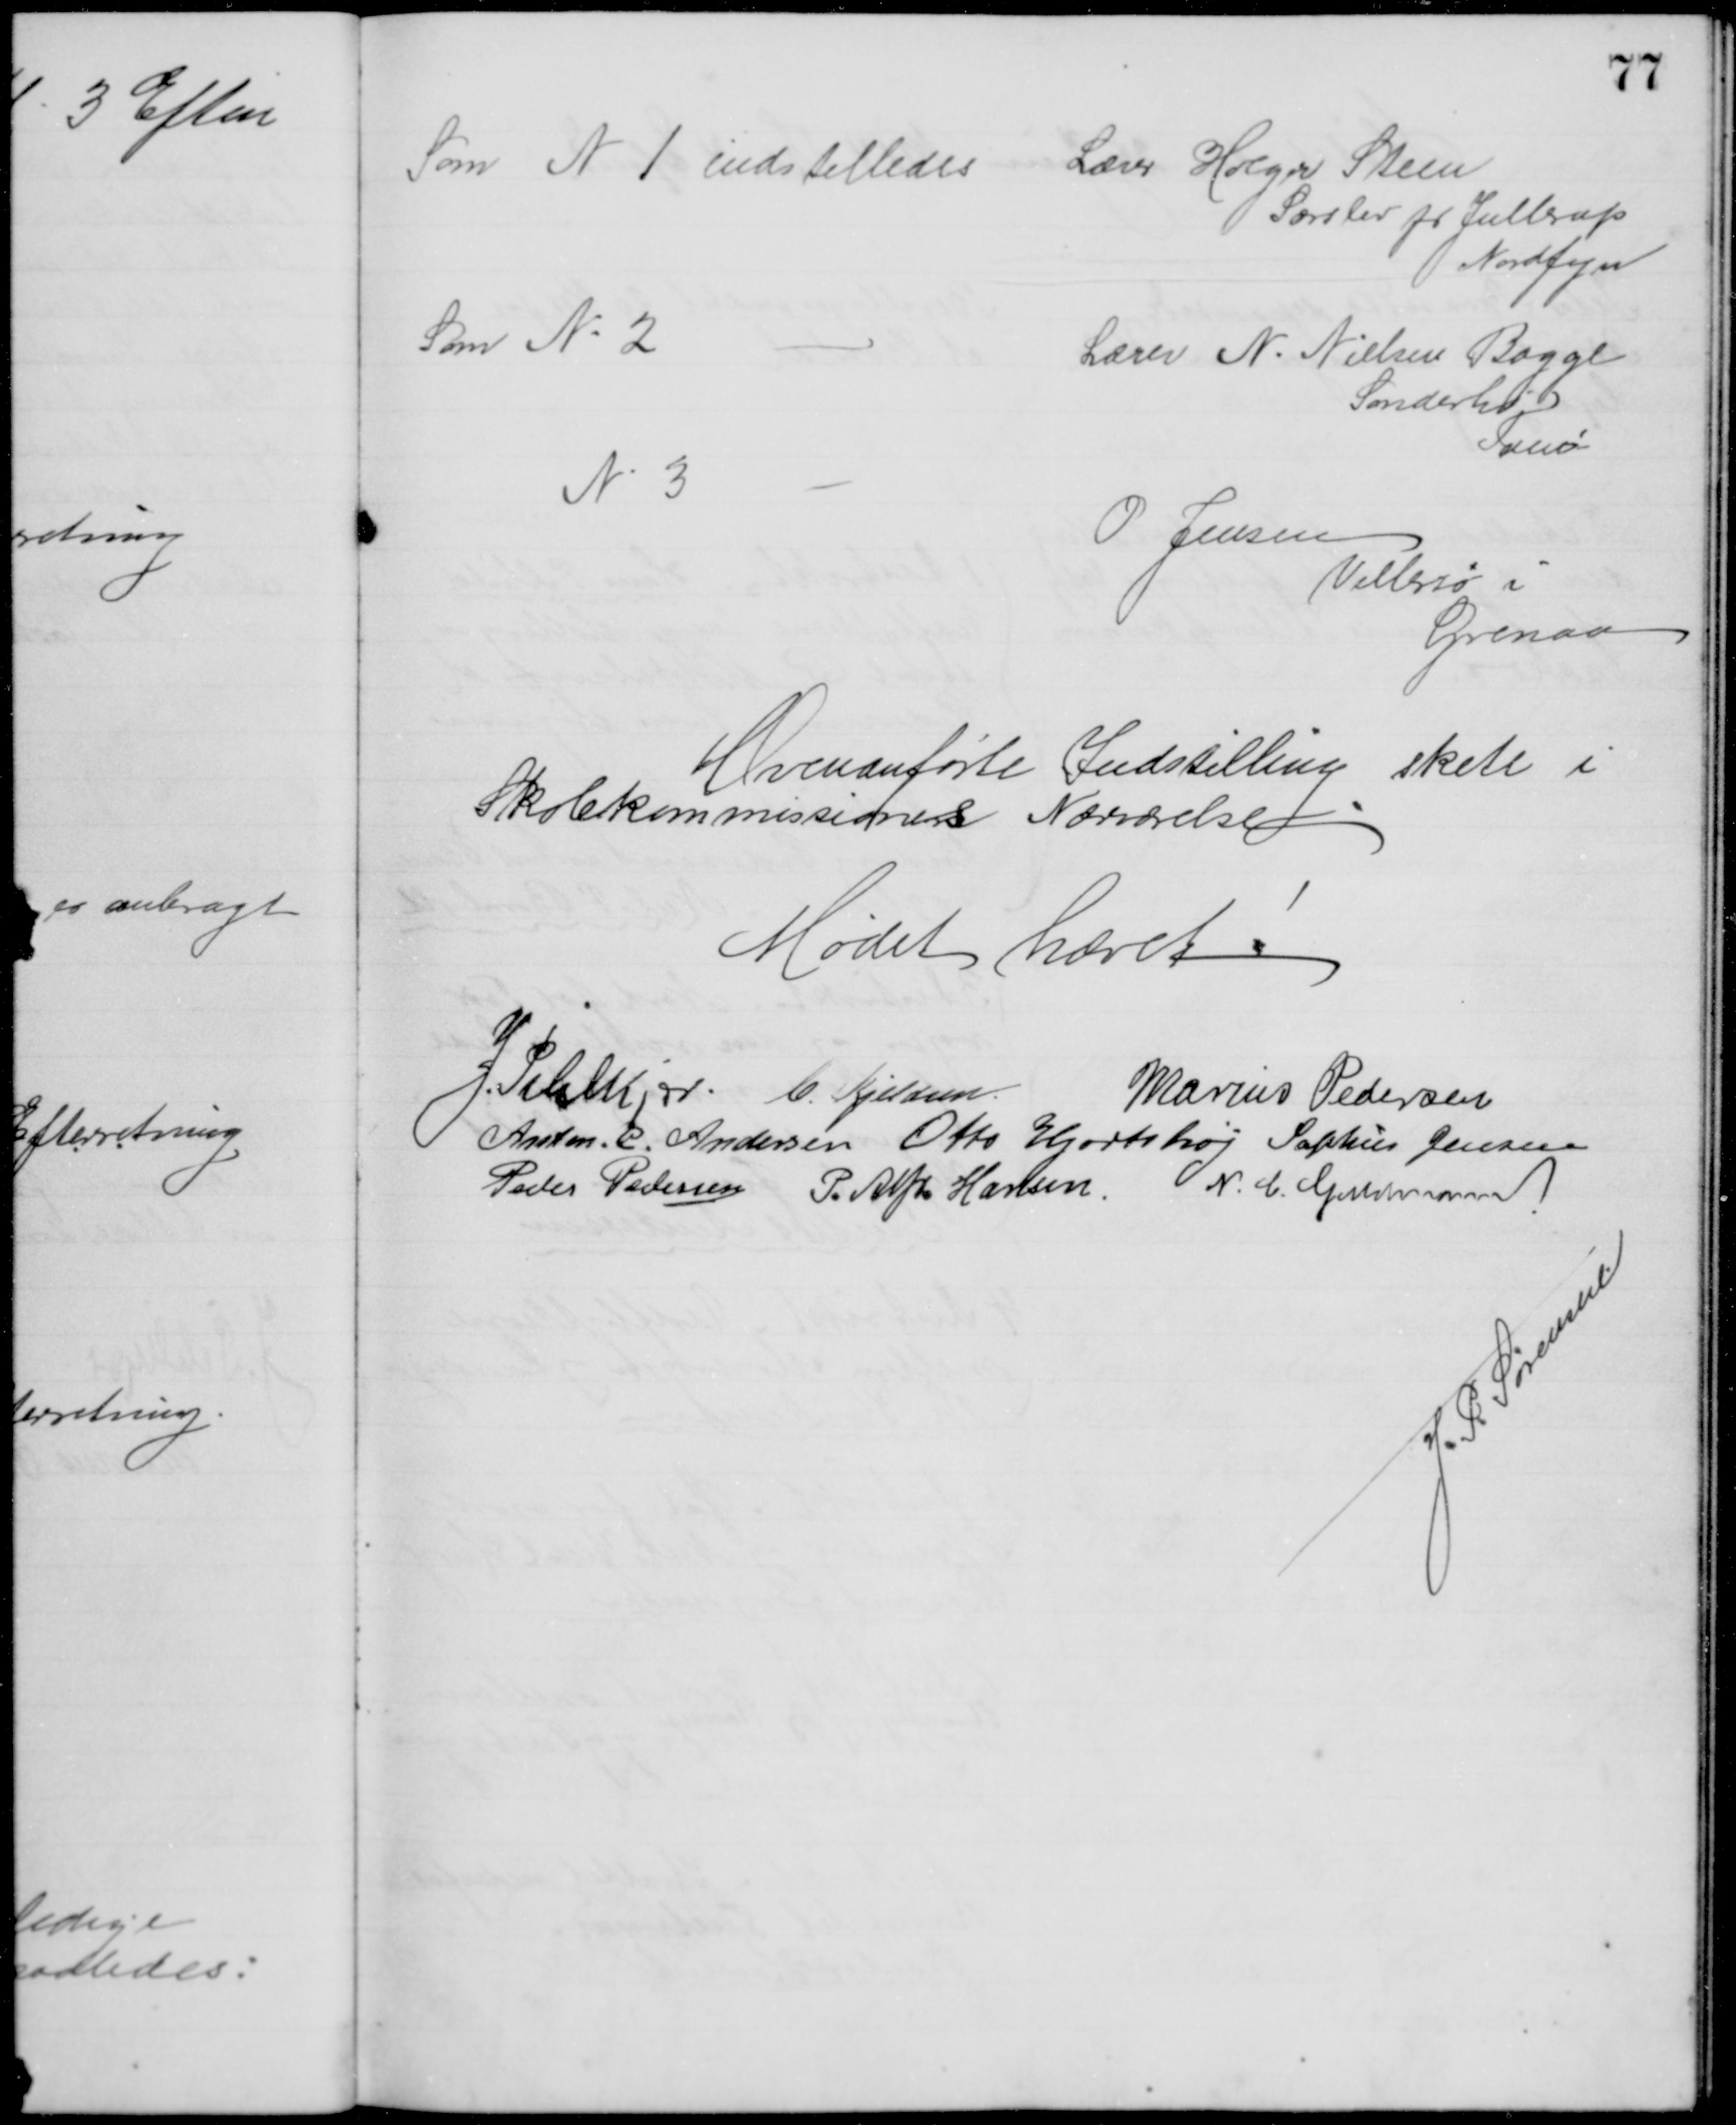
Transskription:
Som N 1 indstilledes
Lærer Holger Steen
Særslev pr Jullerup
Nordfyn
Som No 2
Lærer N. Nielsen Bagge
Sønderho 
Fanø
N 3
O Jensen
Villersø i
Grenaa
Ovenanførte Indstilling skete i
Skolekommissionens Nærværelse
Mødet hævet
J. Pihlkjær. C. Kjeldsen
Marius Pedersen
Anton. C. Andersen Otto Hjortshøj Sophus Jensen
Peder Pedersen P. Alfr. Hansen N. C. Guldmann
J. P. Sørensen